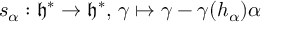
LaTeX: s _ { \alpha } : { \mathfrak { h } } ^ { * } \to { \mathfrak { h } } ^ { * } , \, \gamma \mapsto \gamma - \gamma ( h _ { \alpha } ) \alpha